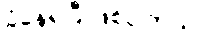
ခံနေရပြီ ဖြစ်ပါတယ်။